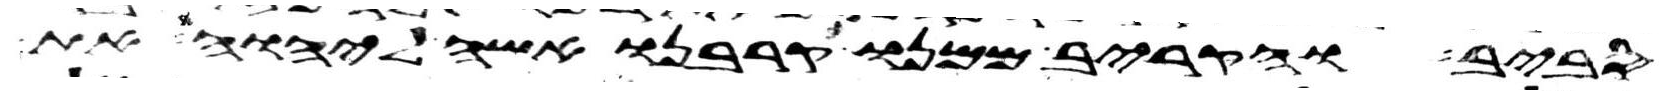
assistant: סביב והקריב ממנו קרבנו אשה ליהוה את